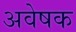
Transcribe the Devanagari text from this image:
अवेषक